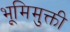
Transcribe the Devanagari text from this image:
भूमिमुक्ती